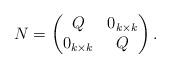
LaTeX: \begin{align*}N=\begin{pmatrix}Q & 0_{k\times k}\\0_{k\times k} & Q\end{pmatrix}.\end{align*}